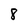
Character: 8